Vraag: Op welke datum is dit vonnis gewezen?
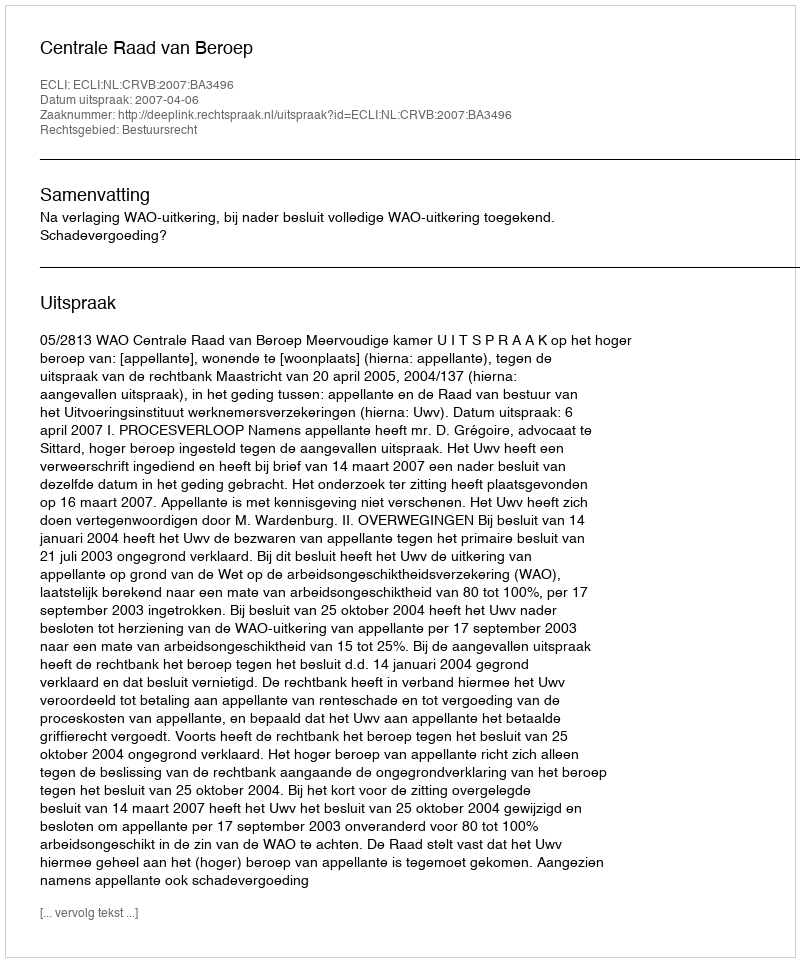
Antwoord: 2007-04-06